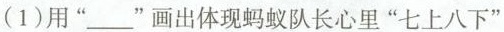
(1)用”___”画出体现蚂蚁队长心里”七上八下”